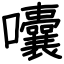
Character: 囔